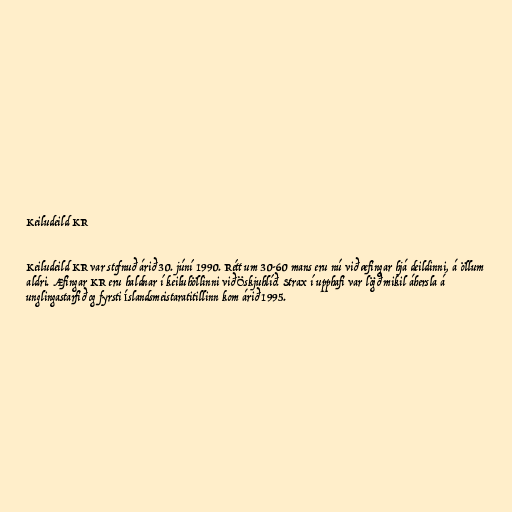
Keiludeild KR

Keiludeild KR var stofnuð árið 30. júní 1990. Rétt um 30-60 mans eru nú við æfingar hjá deildinni, á öllum
aldri. Æfingar KR eru haldnar í keiluhöllinni við Öskjuhlíð. Strax í upphafi var lögð mikil áhersla á
unglingastarfið og fyrsti Íslandsmeistaratitillinn kom árið 1995.